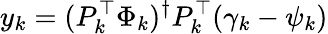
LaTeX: y_{k}=(P_{k}^{\top}\Phi_{k})^{\dagger}P_{k}^{\top}(\gamma_{k}-\psi_{k})